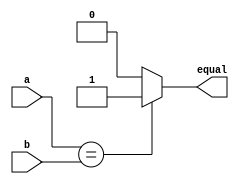
//--------------- compare.v -----------------
module compare(equal,a,b); 
input a,b; 
output equal; 
   assign  equal=(a==b)?1:0; //abequal1ab 
                             //equal0 
endmodule